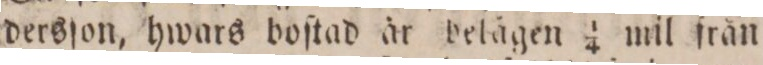
dersſon, hwars boſtad år belågen 1/4 mil från